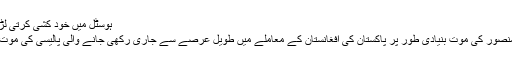
ہوسٹل میں خود کشی کرتی لڑکیاں
ملا منصور کی موت بنیادی طور پر پاکستان کی افغانستان کے معاملے میں طویل عرصے سے جاری رکھی جانے والی پالیسی کی موت ہے۔